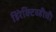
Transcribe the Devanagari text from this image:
डिरेक्टिव्हीची